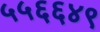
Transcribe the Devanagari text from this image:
५५६६४९